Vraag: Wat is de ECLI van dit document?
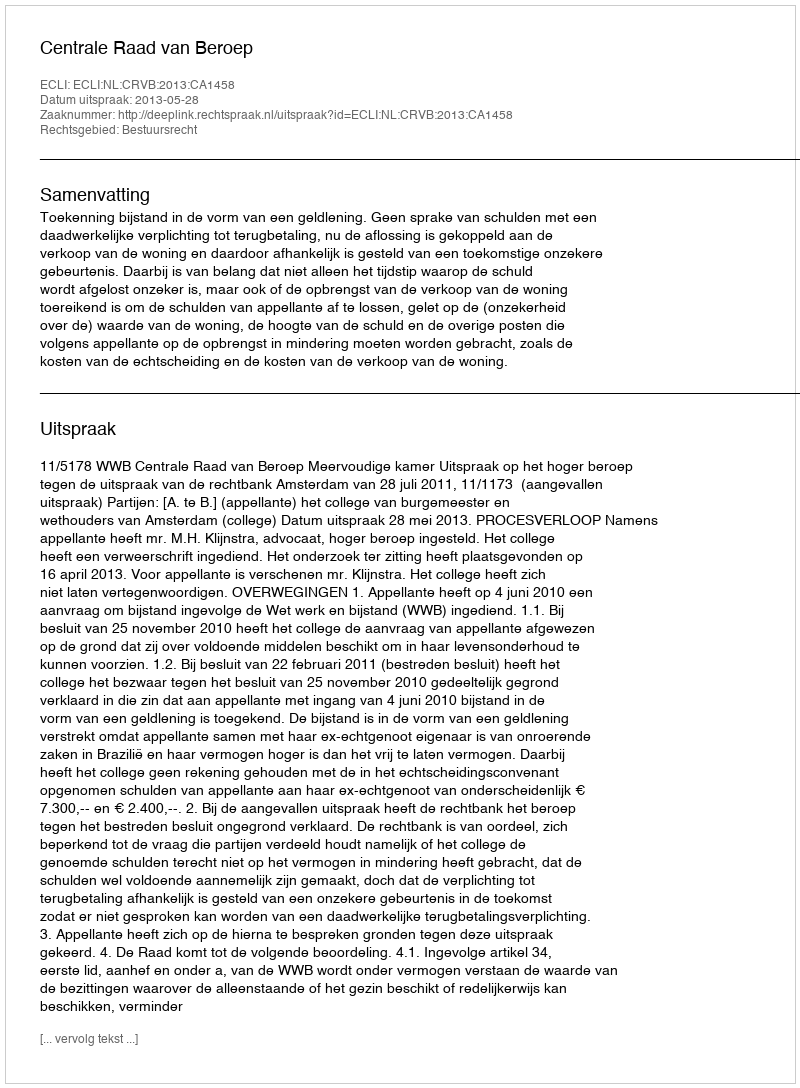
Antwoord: ECLI:NL:CRVB:2013:CA1458